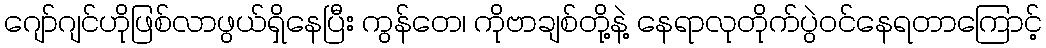
ဂျော်ဂျင်ဟိုဖြစ်လာဖွယ်ရှိနေပြီး ကွန်တေ၊ ကိုဗာချစ်တို့နဲ့ နေရာလုတိုက်ပွဲဝင်နေရတာကြောင့်